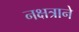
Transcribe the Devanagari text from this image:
नक्षत्राने